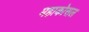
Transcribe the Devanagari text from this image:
महाकोसल